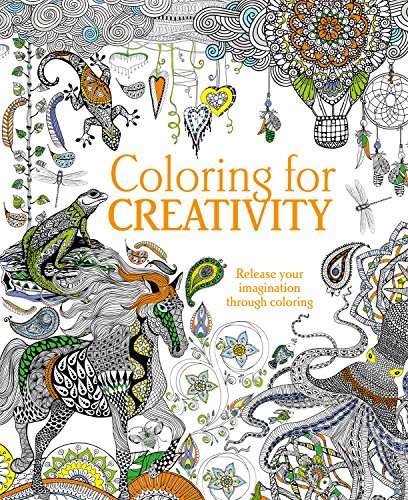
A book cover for Coloring for Creativity; Parragon Books Ltd; Arts & Photography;